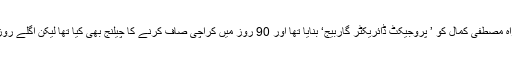
درخواست گزار نے موقف اپنایا کہ میئر کراچی نے پی ایس پی سربراہ مصطفیٰ کمال کو ’ پروجیکٹ ڈائریکٹر گاربیج‘ بنایا تھا اور 90 روز میں کراچی صاف کرنے کا چیلنج بھی کیا تھا لیکن اگلے روز کوئی شوکاز نوٹس جاری کیے بغیر مصطفیٰ کمال کو معطل کردیا۔